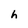
Character: h